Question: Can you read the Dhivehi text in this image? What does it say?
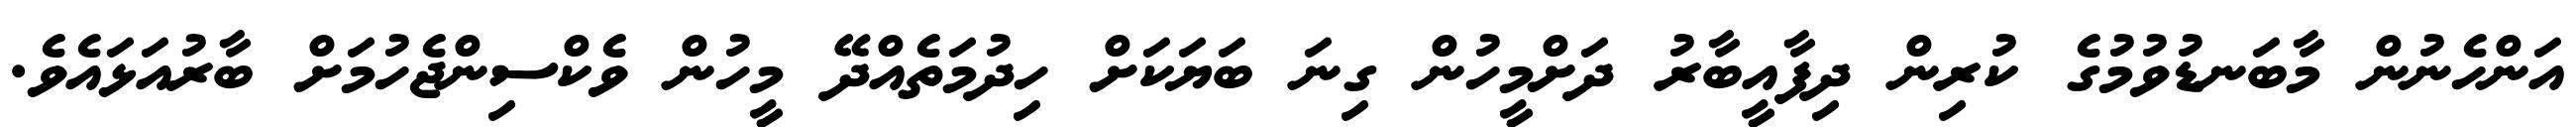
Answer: އަންހެނުން މާބަނޑުވުމުގެ ކުރިން ދިފާއީބާރު ދަށްމީހުން ގިނަ ބަޔަކަށް ހިދުމަތެއްދޭ މީހުން ވެކްސިންޖެހުމަށް ބާރުއަޅައެވެ.